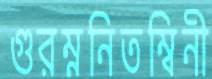
গুরম্ননিতম্বিনী